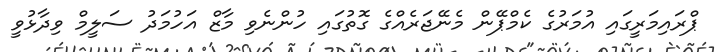
ޕްރައިމަރީގައި އުމަރުގެ ކެމްޕޭން މެނޭޖަރެއްގެ ގޮތުގައި ހުންނެވި މާޒް އަހުމަދު ސަލީމް ވިދާޅުވީ